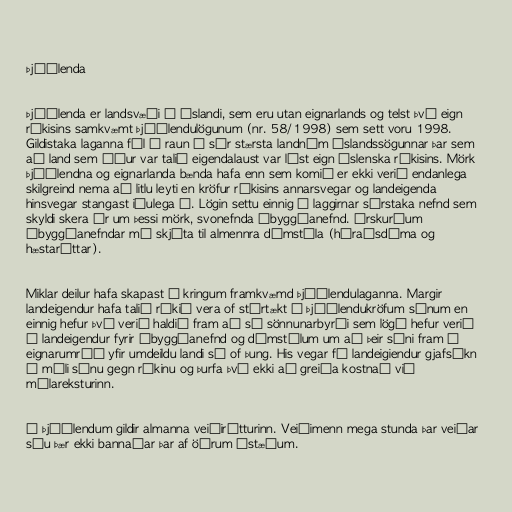
Þjóðlenda

Þjóðlenda er landsvæði á Íslandi, sem eru utan eignarlands og telst því eign
ríkisins samkvæmt þjóðlendulögunum (nr. 58/1998) sem sett voru 1998.
Gildistaka laganna fól í raun í sér stærsta landnám Íslandssögunnar þar sem
að land sem áður var talið eigendalaust var lýst eign íslenska ríkisins. Mörk
þjóðlendna og eignarlanda bænda hafa enn sem komið er ekki verið endanlega
skilgreind nema að litlu leyti en kröfur ríkisins annarsvegar og landeigenda
hinsvegar stangast iðulega á. Lögin settu einnig á laggirnar sérstaka nefnd sem
skyldi skera úr um þessi mörk, svonefnda óbyggðanefnd. Úrskurðum
óbyggðanefndar má skjóta til almennra dómstóla (héraðsdóma og
hæstaréttar).

Miklar deilur hafa skapast í kringum framkvæmd þjóðlendulaganna. Margir
landeigendur hafa talið ríkið vera of stórtækt í þjóðlendukröfum sínum en
einnig hefur því verið haldið fram að sú sönnunarbyrði sem lögð hefur verið
á landeigendur fyrir óbyggðanefnd og dómstólum um að þeir sýni fram á
eignarumráð yfir umdeildu landi sé of þung. His vegar fá landeigiendur gjafsókn
í máli sínu gegn ríkinu og þurfa því ekki að greiða kostnað við
málareksturinn.

Á þjóðlendum gildir almanna veiðirétturinn. Veiðimenn mega stunda þar veiðar
séu þær ekki bannaðar þar af öðrum ástæðum.